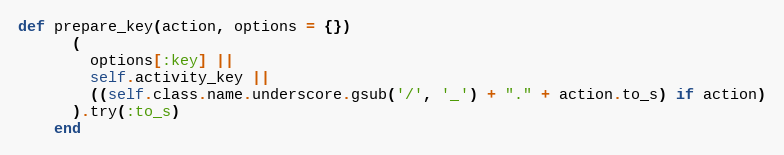
Language: Ruby
def prepare_key(action, options = {})
      (
        options[:key] ||
        self.activity_key ||
        ((self.class.name.underscore.gsub('/', '_') + "." + action.to_s) if action)
      ).try(:to_s)
    end